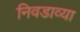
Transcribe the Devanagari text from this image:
निवडाव्या